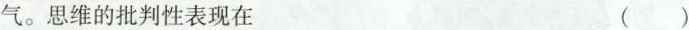
气。思维的批判性表现在 ()